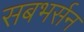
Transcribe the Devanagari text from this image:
सबभर्सन